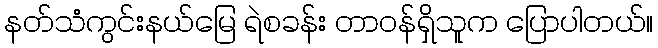
နတ်သံကွင်းနယ်မြေ ရဲစခန်း တာဝန်ရှိသူက ပြောပါတယ်။